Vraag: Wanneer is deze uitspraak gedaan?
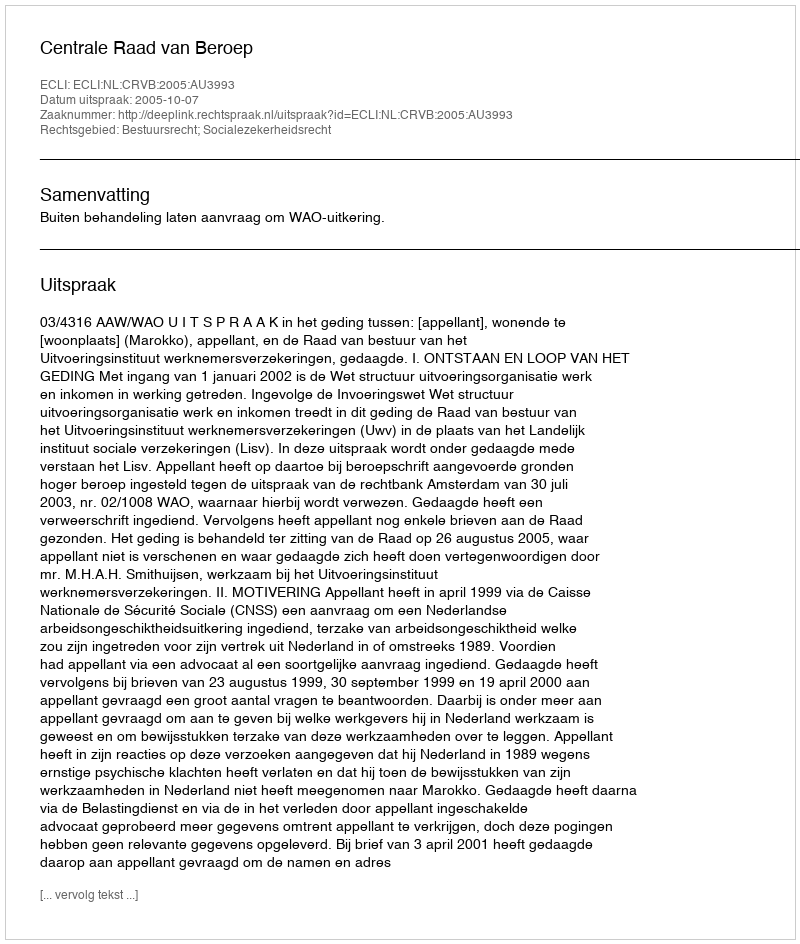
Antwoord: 2005-10-07